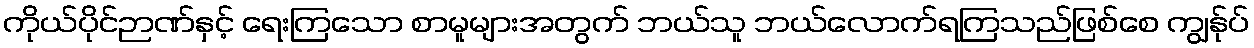
ကိုယ်ပိုင်ဉာဏ်နှင့် ရေးကြသော စာမူများအတွက် ဘယ်သူ ဘယ်လောက်ရကြသည်ဖြစ်စေ ကျွန်ုပ်